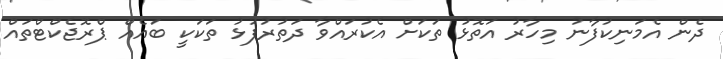
ދެން އެމަނިކުފާނު މިހާރު އަތޮޅު ތަކަށް އެކުރައްވާ ދަތުރުފުޅު ތަކަކީ ބައެއް ޕްރޮޖެކްޓްތައް